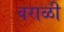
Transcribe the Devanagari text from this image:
वराळी